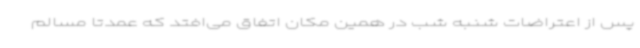
پس از اعتراضات شنبه شب در همین مکان اتفاق می‌افتد که عمدتاً مسالم